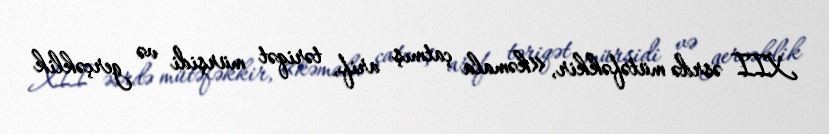
XII əsrdə mütəfəkkir, «kəmala çatmış arif, təriqət mürşidi və gerçəklik